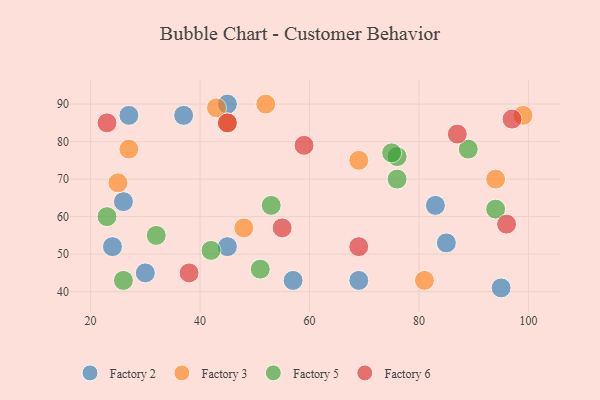
{"axis": {"x": "GDP", "y": "Life Expectancy"}, "legend": ["Factory 2", "Factory 3", "Factory 5", "Factory 6"], "data": [{"x": "45", "y": 90, "type": "Factory 2"}, {"x": "57", "y": 43, "type": "Factory 2"}, {"x": "26", "y": 64, "type": "Factory 2"}, {"x": "69", "y": 43, "type": "Factory 2"}, {"x": "95", "y": 41, "type": "Factory 2"}, {"x": "85", "y": 53, "type": "Factory 2"}, {"x": "83", "y": 63, "type": "Factory 2"}, {"x": "24", "y": 52, "type": "Factory 2"}, {"x": "37", "y": 87, "type": "Factory 2"}, {"x": "30", "y": 45, "type": "Factory 2"}, {"x": "45", "y": 52, "type": "Factory 2"}, {"x": "27", "y": 87, "type": "Factory 2"}, {"x": "81", "y": 43, "type": "Factory 3"}, {"x": "43", "y": 89, "type": "Factory 3"}, {"x": "99", "y": 87, "type": "Factory 3"}, {"x": "48", "y": 57, "type": "Factory 3"}, {"x": "25", "y": 69, "type": "Factory 3"}, {"x": "69", "y": 75, "type": "Factory 3"}, {"x": "52", "y": 90, "type": "Factory 3"}, {"x": "45", "y": 85, "type": "Factory 3"}, {"x": "27", "y": 78, "type": "Factory 3"}, {"x": "94", "y": 70, "type": "Factory 3"}, {"x": "26", "y": 43, "type": "Factory 5"}, {"x": "76", "y": 76, "type": "Factory 5"}, {"x": "89", "y": 78, "type": "Factory 5"}, {"x": "53", "y": 63, "type": "Factory 5"}, {"x": "75", "y": 77, "type": "Factory 5"}, {"x": "51", "y": 46, "type": "Factory 5"}, {"x": "23", "y": 60, "type": "Factory 5"}, {"x": "76", "y": 70, "type": "Factory 5"}, {"x": "32", "y": 55, "type": "Factory 5"}, {"x": "94", "y": 62, "type": "Factory 5"}, {"x": "42", "y": 51, "type": "Factory 5"}, {"x": "87", "y": 82, "type": "Factory 6"}, {"x": "38", "y": 45, "type": "Factory 6"}, {"x": "96", "y": 58, "type": "Factory 6"}, {"x": "23", "y": 85, "type": "Factory 6"}, {"x": "97", "y": 86, "type": "Factory 6"}, {"x": "45", "y": 85, "type": "Factory 6"}, {"x": "55", "y": 57, "type": "Factory 6"}, {"x": "69", "y": 52, "type": "Factory 6"}, {"x": "59", "y": 79, "type": "Factory 6"}]}